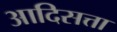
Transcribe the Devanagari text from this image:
आदिसत्ता